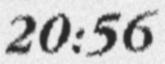
20:56